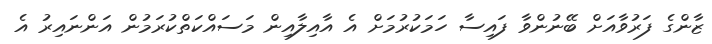
ޒާންގެ ފަރުވާއަށް ބޭނުންވާ ފައިސާ ހަމަކުރުމަށް އެ އާއިލާއިން މަސައްކަތްކުރަމުން އަންނައިރު އެ